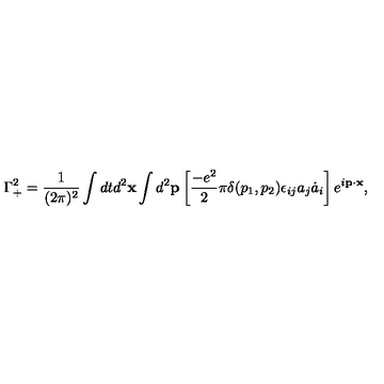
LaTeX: \Gamma _ { + } ^ { 2 } = \frac { 1 } { ( 2 \pi ) ^ { 2 } } \int d t d ^ { 2 } { \bf x } \int d ^ { 2 } { \bf p } \left[ \frac { - e ^ { 2 } } { 2 } \pi \delta ( p _ { 1 } , p _ { 2 } ) \epsilon _ { i j } a _ { j } \dot { a } _ { i } \right] e ^ { i { \bf p } \cdot { \bf x } } ,